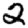
Digit: 2